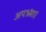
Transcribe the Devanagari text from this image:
अपभ्रंश।